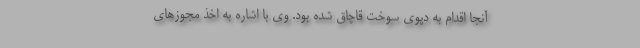
آنجا اقدام به دپوی سوخت قاچاق شده بود. وی با اشاره به اخذ مجوز‌های